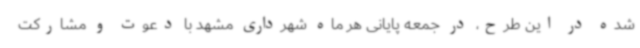
شده در این طرح، در جمعه پایانی هر ماه شهرداری مشهد با دعوت و مشارکت